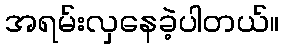
အရမ်းလှနေခဲ့ပါတယ်။